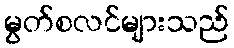
မွတ်စလင်များသည်